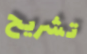
تشريح